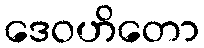
ဒေဝဟိတော